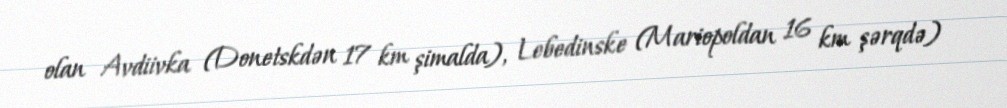
olan Avdiivka (Donetskdən 17 km şimalda), Lebedinske (Mariopoldan 16 km şərqdə)